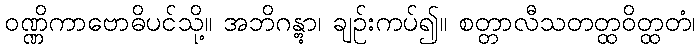
ဝဏ္ဏိကာဗောဓိပင်သို့။ အဘိဂန္တွာ၊ ချဉ်းကပ်၍။ စတ္တာလီသတတ္ထဝိတ္ထတံ၊